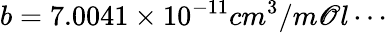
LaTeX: b=7.0041\times10^{-11}cm^{3}/m\mathscr{O}l\cdots